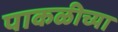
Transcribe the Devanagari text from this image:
पाकळीच्या